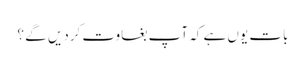
بات یوں ہے کہ آپ بغاوت کردیں گے ؟